Account of plague administration in the Bombay Presidency from September 1896 till May 1897
Year: 1896
Disease focus: Plague
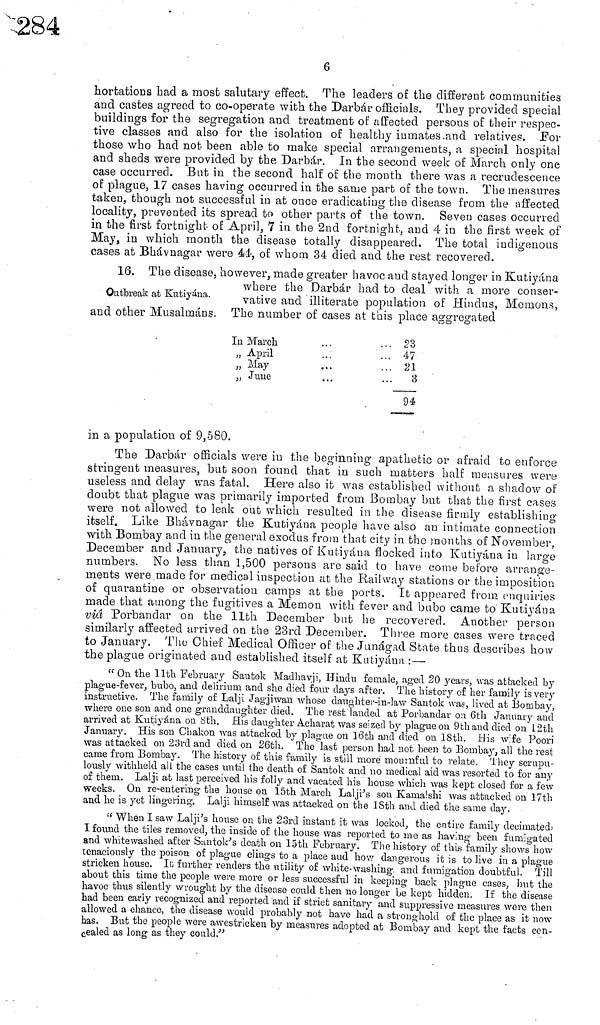
6
hortations had a most salutary effect. The leaders of the different communities
and castes agreed to co-operate with the Darbár officials. They provided special
buildings for the segregation and treatment of affected persons of their respec-
tive classes and also for the isolation of healthy inmates, and relatives. For
those who had not been able to make special arrangements, a special hospital
and sheds were provided by the Darbár. In the second week of March only one
case occurred. But in the second half of the month there was a recrudeseence
of plague, 17 cases having occurred in the same part of the town. The measures
taken, though not successful in at once eradicating the disease from the affected
locality, prevented its spread to other parts of the town. Seven cases occurred
in the first fortnight of April, 7 in the 2nd fortnight, and 4 in the first week of
May, in which month the disease totally disappeared. The total indigenous
cases at Bhávnagar were 44, of whom 34 died and the rest recovered.
Outbreak at Kutiyána.
and other Musalmáns.
16. The disease, however, made greater havoc and stayed longer in Kutiyána
where the Darbár had to deal with a more conser-
vative and illiterate population of Hindus, Menions,
The number of cases at this place aggregated
In March
„ April
„ May
„ June
...
... 23
... 47
... 21
3
94
in a population of 9,580.
The Darbár officials were in the beginning apathetic or afraid to enforce
stringent measures, but soon found that in such matters half measures were
useless and delay was fatal. Here also it was established without a shadow of
doubt that plague was primarily imported from Bombay but that the first cases
were not allowed to leak out which resulted in the disease firmly establishing
itself. Like Bhávnagar the Kutiyáua people have also an intimate connection
with Bombay and in the general exodus from that city in the months of November,
December and January, the natives of Kutiyáua flocked into Kutiyána in large
numbers. No less than 1,500 persons are said to have come before arrange-
ments were made for medical inspection at the Railway stations or the imposition
of quarantine or observation camps at the ports. It appeared from enquiries
made that among the fugitives a Memon with fever and bubo came to Kutiyána
viá Porbandar on the 11th December but he recovered. Another person
similarly affected arrived on the 23rd December. Three more cases were traced
to January. The Chief Medical Officer of the Junágad State thus describes how
the plague originated and established itself at Kutiyána :—
"On the 11th February Santok Madhavji, Hindu female, aged 20 years, was attacked by
plague-fever, bubo, and delirium and she died four days after. The history of her family is very
instructive. The family of Lalji Jagjiwan whose daughter-in-law Santok was, lived at Bombay,
where one son and one granddaughter died. The rest landed at Porbandar on 6th January and
arrived at Kutiyána on 8th. His daughter Acharat was seized by plague on 9th and died on 12th
January. His son Chakon was attacked by plague on 16th and died on 18th. His wife Poori
was attacked on 23rd and died on 26th. The last person had not been to Bombay, all the rest
came from Bombay. The history of this family is still moré mournful to relate. They scrupu-
lously withheld all the cases until the death of Santok and 110 medical aid was resorted to for any
of them. Lalji at last perceived his folly and vacated his house which was kept closed for a few
weeks. On re-entering the house on 15th March Lalji's son Kamalshi was attacked on 17th
and he is yet lingering. Lalji himself was attacked on the 18th and died the same day.
" When I saw Lalji's house on the 23rd instant it was locked, the entire family decimated,
I found the tiles removed, the inside of the house was reported to me as having been fumigated
and whitewashed after Santok's death on 15th February. The history of this family shows how
tenaciously the poison of plague clings to a place and how dangerous it is to live in a plague
stricken house. It; further renders the utility of white-washing, and fumigation doubtful. Till
about this time the people were more or less successful in keeping back plague cases, but the
havoc thus silently wrought by the disease could then no longer be kept hidden. If the disease
had been early recognized and reported and if strict sanitary and suppressive measures were then
allowed a chance, the disease would probably not have had a stronghold of the place as it now
has. But the people were awestricken by measures adopted at Bombay and kept the facts con-
cealed as long as they could."